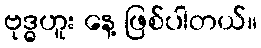
ဗုဒ္ဓဟူး နေ့ ဖြစ်ပါတယ်။